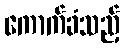
ကောက်ခံသည့်